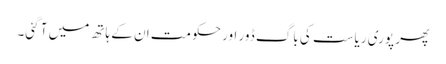
پھر پوری ریاست کی باگ ڈور اور حکومت ان کے ہاتھ میں آ گئی۔